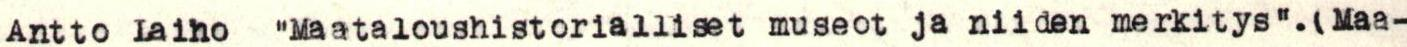
Antto Laiho "Maataloushistorialliset museot ja niiden merkitys".(Maa-